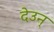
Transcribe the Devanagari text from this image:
देउन्